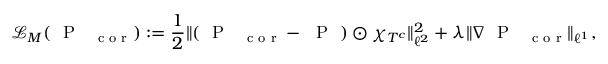
\mathcal L _ { M } ( \mathrm { ~ \mathrm { ~ P ~ } ~ } _ { \mathrm { ~ \footnotesize ~ c ~ o ~ r ~ } } ) : = \frac { 1 } { 2 } \| ( \mathrm { ~ \mathrm { ~ P ~ } ~ } _ { \mathrm { ~ \footnotesize ~ c ~ o ~ r ~ } } - \mathrm { ~ \mathrm { ~ P ~ } ~ } ) \odot \chi _ { T ^ { c } } \| _ { \ell ^ { 2 } } ^ { 2 } + \lambda \| \nabla \mathrm { ~ \mathrm { ~ P ~ } ~ } _ { \mathrm { ~ \footnotesize ~ c ~ o ~ r ~ } } \| _ { \ell ^ { 1 } } ,